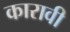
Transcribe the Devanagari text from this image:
कारावी